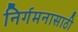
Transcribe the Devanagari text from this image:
निर्गमनासाठी